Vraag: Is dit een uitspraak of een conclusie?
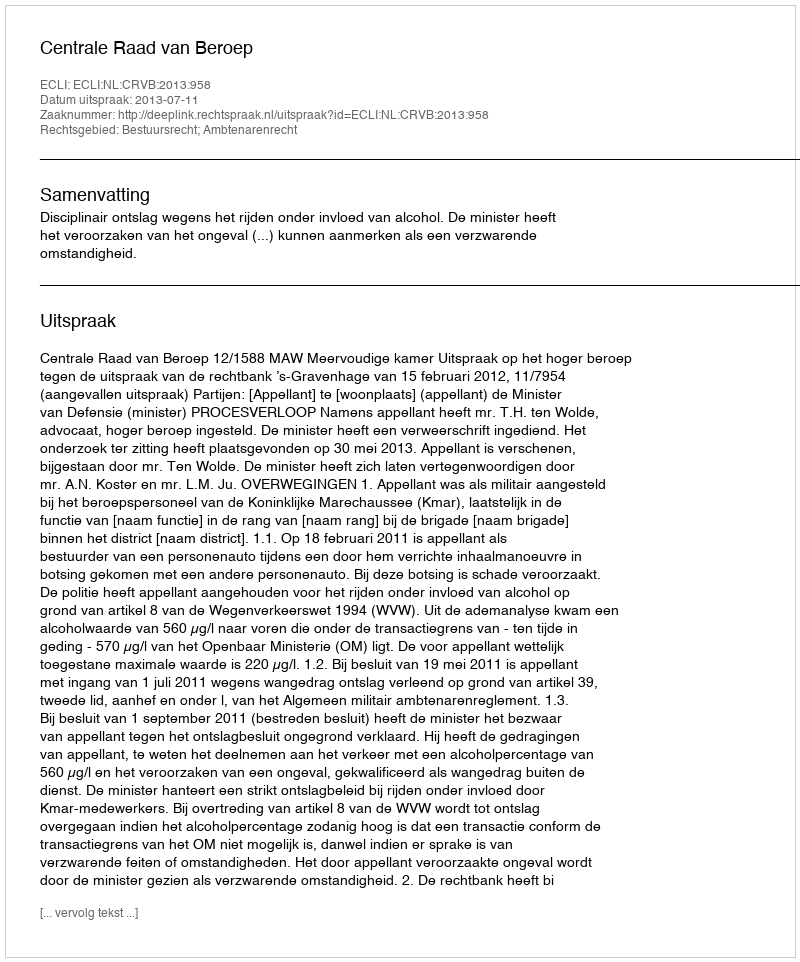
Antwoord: Uitspraak